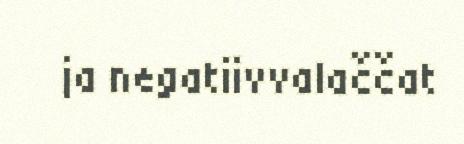
ja negatiivvalaččat